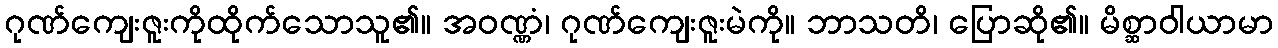
ဂုဏ်ကျေးဇူးကိုထိုက်သောသူ၏။ အဝဏ္ဏံ၊ ဂုဏ်ကျေးဇူးမဲကို။ ဘာသတိ၊ ပြောဆို၏။ မိစ္ဆာဝါယာမာ